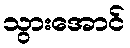
သွားအောင်